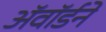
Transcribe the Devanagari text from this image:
अॅवॉर्डने